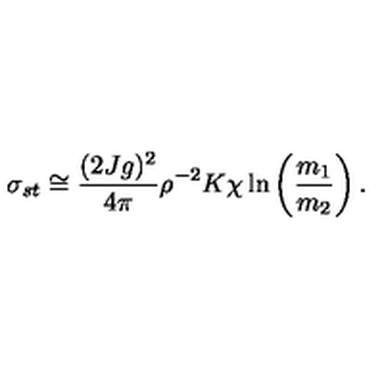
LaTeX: \sigma _ { s t } \cong { \frac { ( 2 J g ) ^ { 2 } } { 4 \pi } } \rho ^ { - 2 } K \chi \ln \left( { \frac { m _ { 1 } } { m _ { 2 } } } \right) .